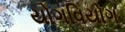
યોગવિયોગ